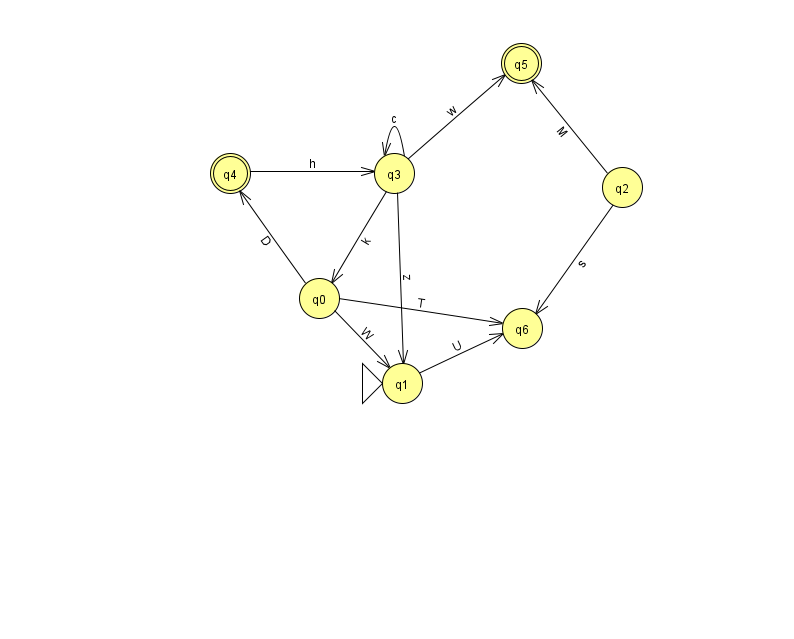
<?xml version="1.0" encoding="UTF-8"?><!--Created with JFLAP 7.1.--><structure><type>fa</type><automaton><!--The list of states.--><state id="0" name="q0"><x>319.0</x><y>285.0</y></state><state id="1" name="q1"><x>402.0</x><y>370.0</y><initial/></state><state id="2" name="q2"><x>622.0</x><y>174.0</y></state><state id="3" name="q3"><x>394.0</x><y>160.0</y></state><state id="4" name="q4"><x>230.0</x><y>160.0</y><final/></state><state id="5" name="q5"><x>521.0</x><y>50.0</y><final/></state><state id="6" name="q6"><x>522.0</x><y>315.0</y></state><!--The list of transitions.--><transition><from>1</from><to>6</to><read>U</read></transition><transition><from>3</from><to>0</to><read>k</read></transition><transition><from>3</from><to>3</to><read>c</read></transition><transition><from>0</from><to>1</to><read>W</read></transition><transition><from>3</from><to>5</to><read>w</read></transition><transition><from>4</from><to>3</to><read>h</read></transition><transition><from>2</from><to>5</to><read>M</read></transition><transition><from>2</from><to>6</to><read>s</read></transition><transition><from>0</from><to>4</to><read>D</read></transition><transition><from>0</from><to>6</to><read>T</read></transition><transition><from>3</from><to>1</to><read>z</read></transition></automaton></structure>